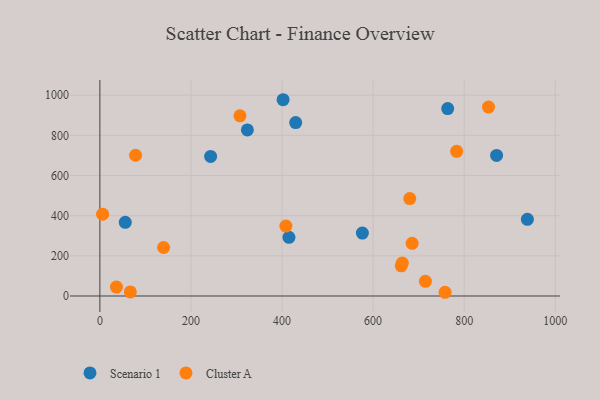
{"axis": {"x": "Ad Spend", "y": "Sales"}, "legend": ["Cluster A", "Scenario 1"], "data": [{"x": "323.9", "y": 827.0, "type": "Scenario 1"}, {"x": "938.8", "y": 382.0, "type": "Scenario 1"}, {"x": "576.4", "y": 313.1, "type": "Scenario 1"}, {"x": "243.2", "y": 694.8, "type": "Scenario 1"}, {"x": "415.2", "y": 292.0, "type": "Scenario 1"}, {"x": "55.7", "y": 366.9, "type": "Scenario 1"}, {"x": "763.8", "y": 933.3, "type": "Scenario 1"}, {"x": "402.3", "y": 977.4, "type": "Scenario 1"}, {"x": "430.0", "y": 863.4, "type": "Scenario 1"}, {"x": "871.2", "y": 700.0, "type": "Scenario 1"}, {"x": "714.9", "y": 73.2, "type": "Cluster A"}, {"x": "36.3", "y": 44.3, "type": "Cluster A"}, {"x": "758.1", "y": 18.5, "type": "Cluster A"}, {"x": "6.0", "y": 407.3, "type": "Cluster A"}, {"x": "661.8", "y": 150.3, "type": "Cluster A"}, {"x": "680.5", "y": 485.3, "type": "Cluster A"}, {"x": "783.5", "y": 720.4, "type": "Cluster A"}, {"x": "664.1", "y": 164.3, "type": "Cluster A"}, {"x": "853.5", "y": 940.7, "type": "Cluster A"}, {"x": "139.9", "y": 241.6, "type": "Cluster A"}, {"x": "685.7", "y": 262.5, "type": "Cluster A"}, {"x": "408.5", "y": 348.0, "type": "Cluster A"}, {"x": "307.6", "y": 897.4, "type": "Cluster A"}, {"x": "78.3", "y": 700.8, "type": "Cluster A"}, {"x": "66.8", "y": 20.2, "type": "Cluster A"}]}